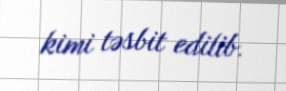
kimi təsbit edilib.